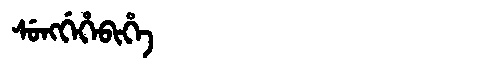
Manchu: ᠰᡠᠩᡤᡝᡥᡝᠪᡳᡥᡝ
Romanization: SUNGGEHEBIHE